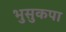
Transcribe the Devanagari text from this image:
भुसुकपा